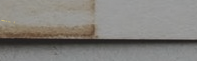
UnderNewMgmt